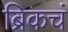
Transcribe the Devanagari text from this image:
ब्रिकचं